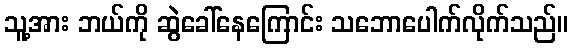
သူ့အား ဘယ်ကို ဆွဲခေါ်နေကြောင်း သဘောပေါက်လိုက်သည်။